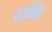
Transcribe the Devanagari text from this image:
एउनित